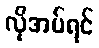
လိုအပ်ရင်